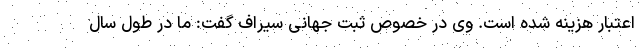
اعتبار هزینه شده است. وی در خصوص ثبت جهانی سیراف گفت: ما در طول سال